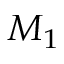
M _ { 1 }